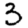
Digit: 3